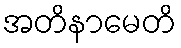
အတိနာမေတိ